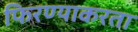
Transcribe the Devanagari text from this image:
फिरण्याकरता